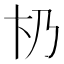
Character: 𠂫